Civil Veterinary Department. United Provinces 1912-22 - 1912-1922
Year: 1912
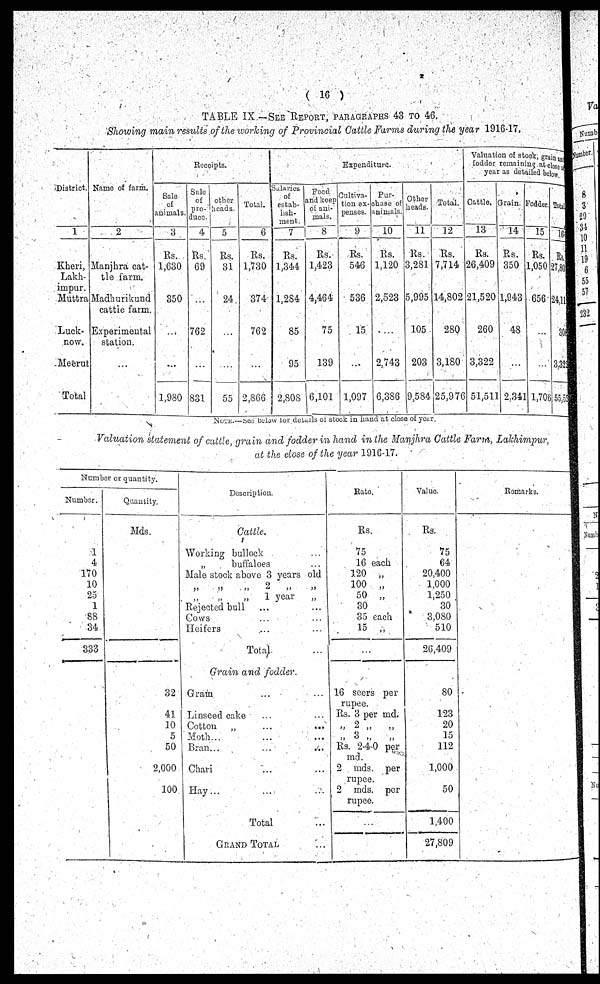
( 16 )
TABLE IX—SEE REPORT, PARAGRAPHS 43 TO 46.
Showing main results of the working of Provincial Cattle Farms during the year 1916-17.
District.
1
Kheri,
Lakh-
lmpur.
Muttra
Luck-
now.
Meerut
Total
Name of farm.
2
Manjhra cat-
the farm.
Madhurikund
cattle farm.
Experimental
station.
...
Receipts.
Sale
of
animals.
3
Rs.
1,630
350
...
...
1,980
Sale
of
pro-
duce
4
Rs.
69
...
762
...
831
other
heads.
5
Rs.
31
24
...
...
55
Total.
6
Rs.
1,730
374
762
...
2,866
Expenditure.
Salaries
of
estab-
lish-
ment.
7
Rs.
1,344
1,284
85
95
2,S0S
Feed
and keep
of ani-
mals.
8
Rs.
1,423
4,464
75
139
6,101
Cultiva-
tion ex-
penses.
9
Rs.
546
536
15
...
1,097
Pur-
chase of
animals.
10
Rs.
1,120
2,523
...
2,743
6,386
Other
heads.
11
Rs.
3,281
5,995
105
203
9,584
Total.
12
Rs.
7,714
14,802
280
3,180
25,976
Valuation of stock, grain at
fodder remaining at close
year as detailed below.
Cattle.
13
Rs.
26,409
21,520
260
3,322
51,511
Grain.
14
Rs.
350
1,943
48
...
2,341
Fodder.
15
Rs.
1,050
656
...
...
1,706
Tot
16
Rs.
278
24
30
3,32
55,5
NOTE. - See below for details of stock in hand at close of year.
Valuation statement of cattle, grain and fodder in hand in the Manjhra Cattle Farm, Lakhimpur,
at the close of the year 1916-17.
Number or quantity.
Number.
1
4
170
10
25
1
88
34
333
Quantity.
Mds.
32
41
10
5
50
1
2,000
100
Description.
Cattle.
Working bullock ...
„
buffaloes ...
Male stock above 3 years old
„ „ „ 2 „ „
„ „ „ 1 year
„
Rejected bull ... ...
Cows ... ...
Heifers ... ...
Total ...
Grain and fodder.
Gram ... ...
Linseed cake ... ...
Cotton „ ... ...
Moth
... ... ...
Bran... ... ...
Chari ... ...
Hay
...
...
...
Total ...
GRAND TOTAL ...
Rate.
Rs.
75
16 each
120 „
100 „
50 „
30
35 each
15 „
...
16 seers per
rupee.
Rs. 3 per md.
„ 2 „ „
„ 3 „ „
Rs. 2-4-0 per
md.
2 mds. per
rupee.
2 mds. per
rupee.
...
Value
Rs.
75
64
20,400
1,000
1,250
30
3,080
510
26,409
80
123
20
15
112
1,000
50
1,400
27,809
Remarks.